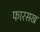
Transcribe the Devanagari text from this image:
फारसख